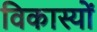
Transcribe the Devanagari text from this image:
विकास्यों